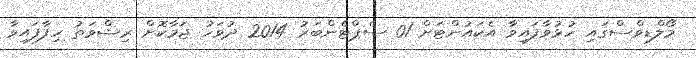
މޯލްޑިވްސްގައި ހުޅުވާފައިވާ އެކައުންޓަށް 01 ސެޕްޓެންބަރު 2014 ދުވަހު ޖަމާކޮށް ރިޝްވަތު ހިފާފައިވާ